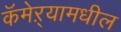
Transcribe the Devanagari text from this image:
कॅमेऱ्यामधील